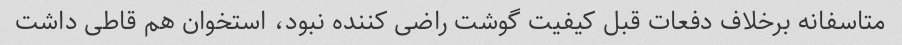
متاسفانه برخلاف دفعات قبل کیفیت گوشت راضی کننده نبود، استخوان هم قاطی داشت